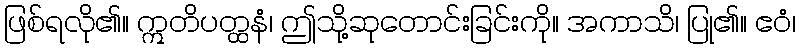
ဖြစ်ရလို၏။ ဣတိပတ္ထနံ၊ ဤသို့ဆုတောင်းခြင်းကို။ အကာသိ၊ ပြု၏။ ဧဝံ၊